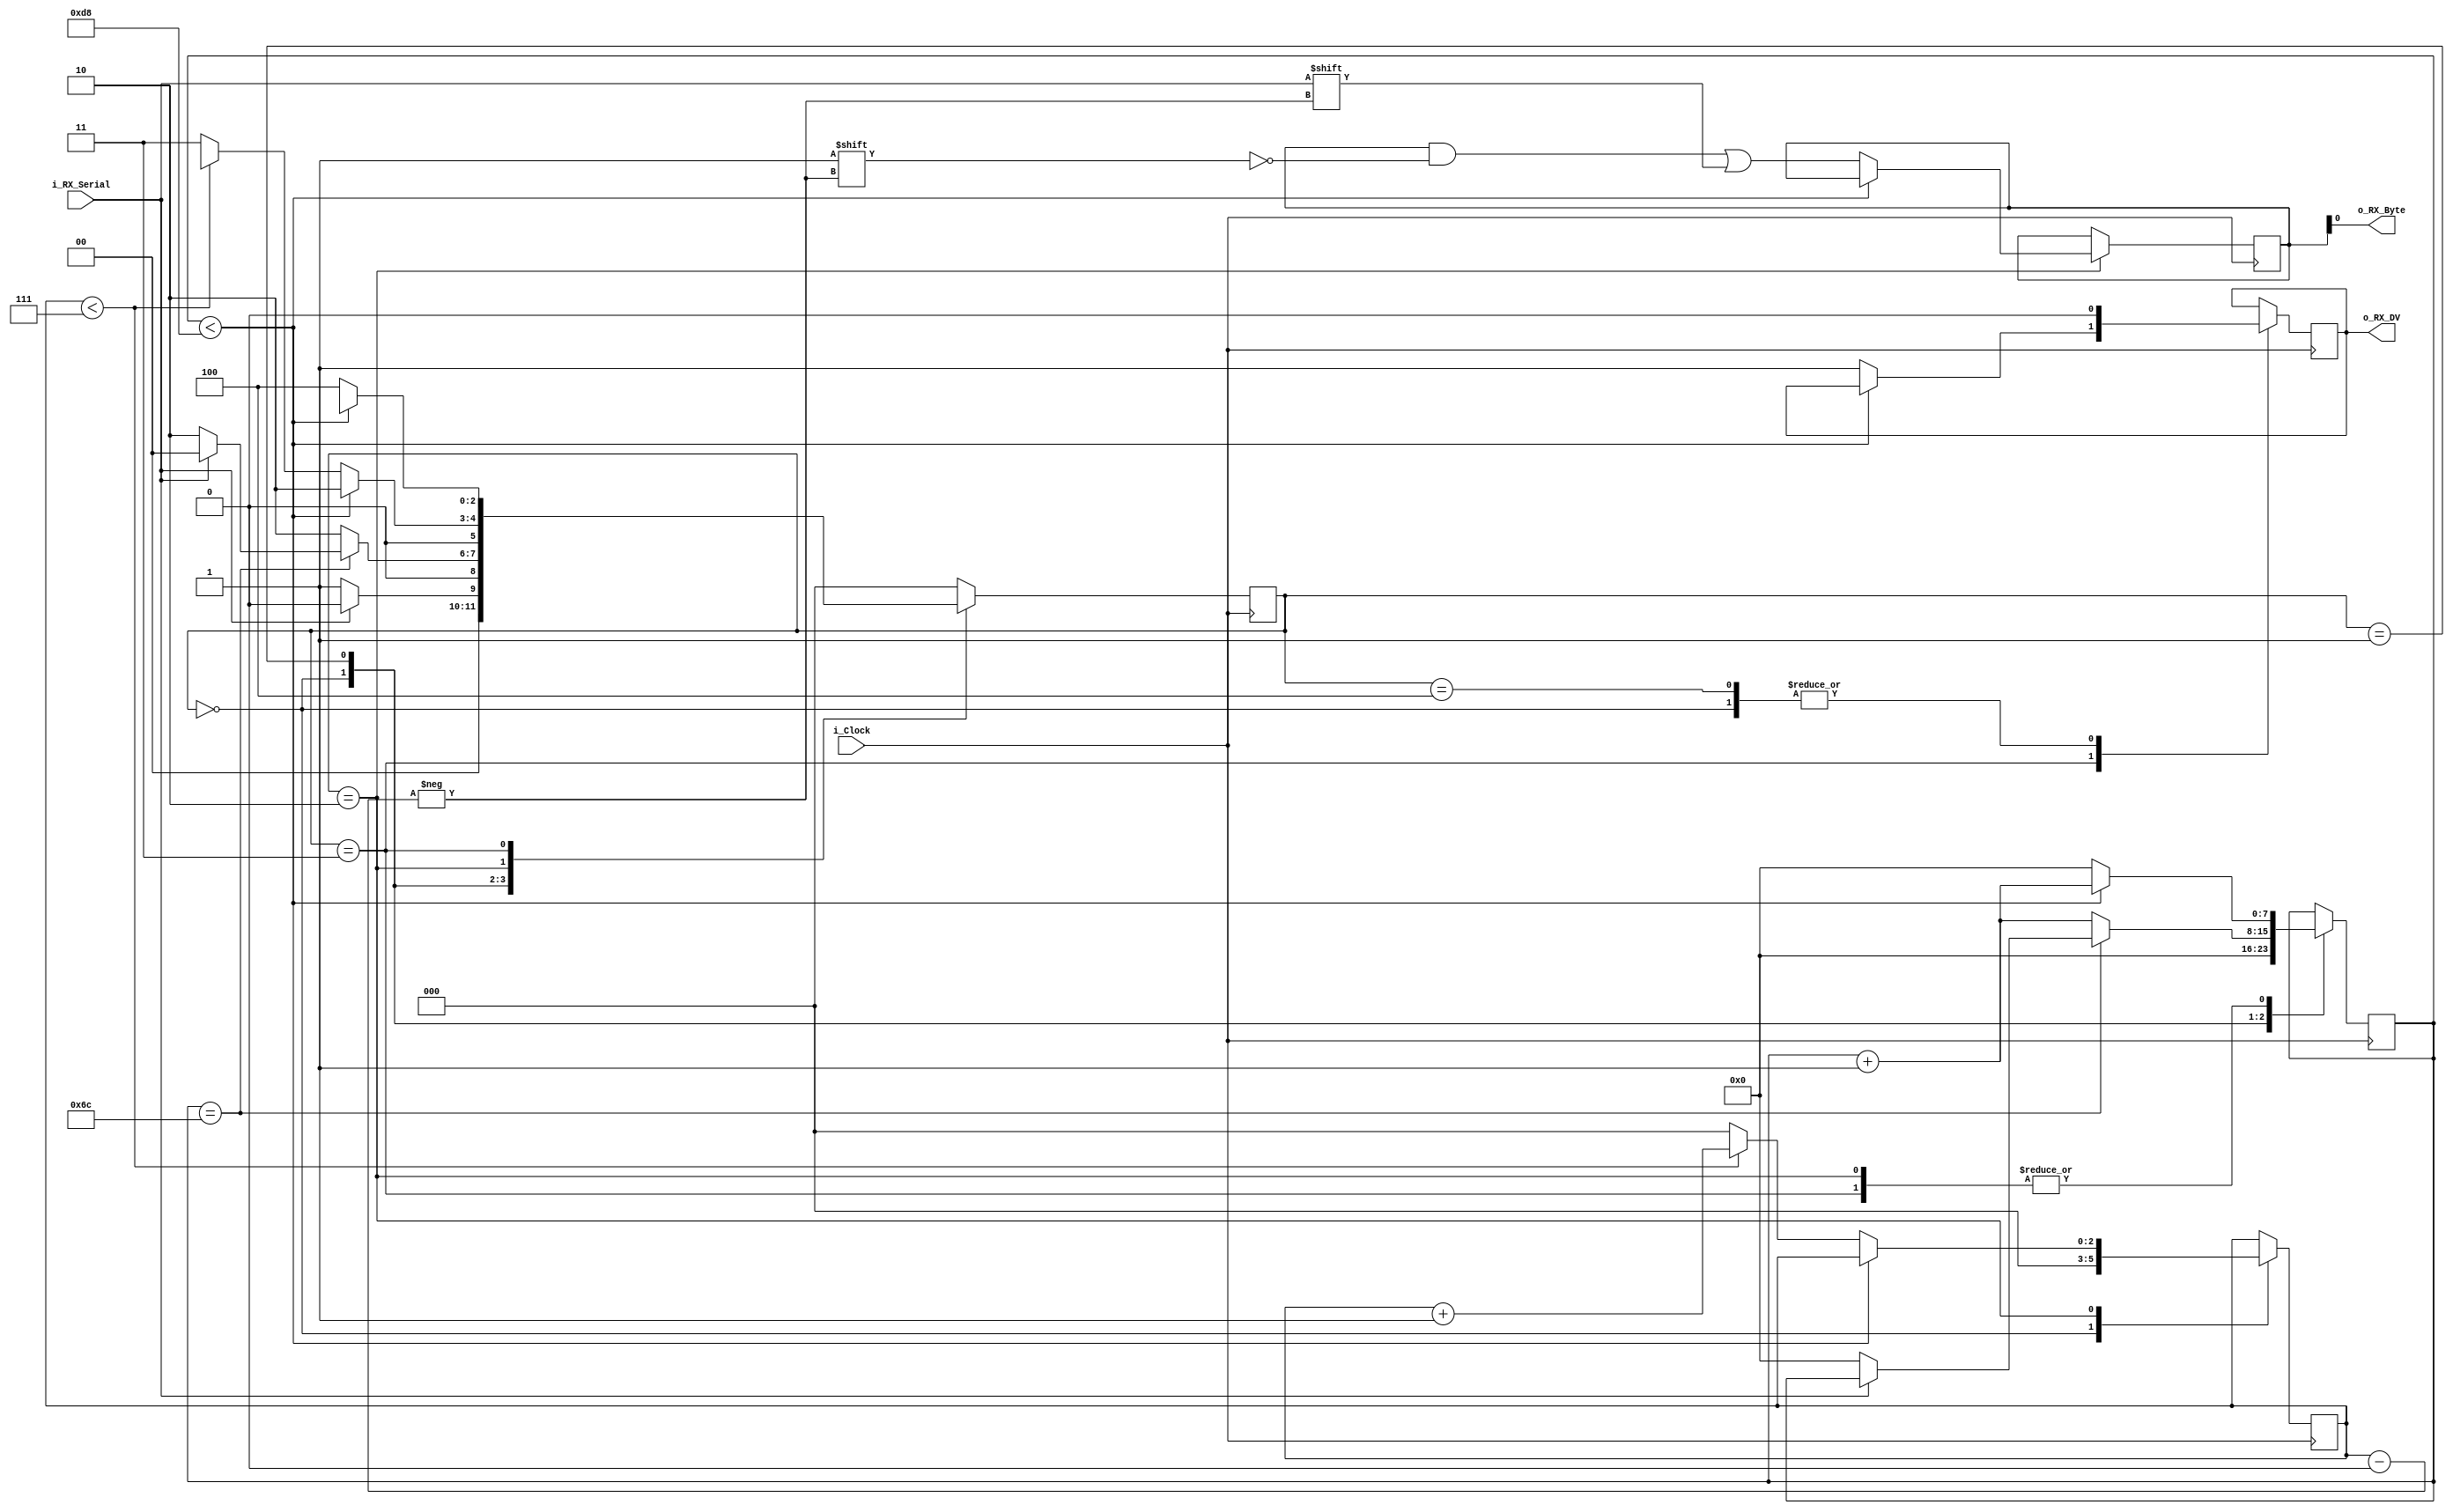
module UART_RX
  #( parameter CLKS_PER_BIT = 217 )
  (
    input i_Clock,
    input i_RX_Serial,
    output o_RX_DV,
    output o_RX_Byte,
    
  );
  
  //states 
  parameter IDLE		 = 3'b000;
  parameter RX_START_BIT = 3'b001;
  parameter RX_DATA_BITS = 3'b010;
  parameter RX_STOP_BIT  = 3'b011;
  parameter CLEAR 		 = 3'b100;
  
  //reg and signals
  
  reg [2:0] r_SM_Main     = 0;
  reg [7:0] r_Clock_Count = 0;
  reg [2:0] r_Bit_Index   = 0;
  reg [7:0] r_RX_Byte     = 0;
  reg 		r_RX_DV       = 0;
  
  // Purpose: Control RX state Machine
  always @(posedge i_Clock)
    begin
      
      case(r_SM_Main)
        IDLE:
          begin
            r_RX_DV 	  <= 0;
            r_Clock_Count <= 0;
            r_Bit_Index   <= 0;
            
            if(i_RX_Serial == 1'b0)
              r_SM_Main <= RX_START_BIT;
            else
              r_SM_Main <= IDLE;
          end
        
        // case start bit  check for middle bit
        
        RX_START_BIT:
          begin
           if(r_Clock_Count == (CLKS_PER_BIT-1)/2)
            begin
              if(i_RX_Serial == 1'b0)
                begin
                  r_Clock_Count <= 0;//reset the counter after finding the middle
                  r_SM_Main <= RX_DATA_BITS;
                end
              else
                r_SM_Main <= IDLE;
              end
            else
             begin
               r_Clock_Count <= r_Clock_Count + 1;
               r_SM_Main 	 <= RX_DATA_BITS;
             end
          end
        
        //sampeling at CLKS_PER_BIT-1 clock cycles i.e the middle of the data bit
        
        RX_DATA_BITS :
          begin
            if(r_Clock_Count < CLKS_PER_BIT-1)
              begin
                r_Clock_Count <= r_Clock_Count + 1;
                r_SM_Main     <= RX_DATA_BITS;
              end 
            else
              begin
                r_Clock_Count <= 0;
                r_RX_Byte[r_Bit_Index] <= i_RX_Serial;
                
                //update bit index and go to the state initial
                if(r_Bit_Index < 7)
                  begin
                    r_Bit_Index <= r_Bit_Index +1;
                    r_SM_Main   <= RX_DATA_BIT;
                  end
                else
                  begin
                    r_Bit_Index <= 0;
                    r_SM_Main   <= RX_STOP_BIT;
                  end
              end
          end
        //Receive Stop bit
        
        RX_STOP_BIT:
          begin
            //wait for CLKS_PER_BIT -1 clock cycles to finish stop bit
            if(r_Clock_Count < CLKS_PER_BIT-1)
              begin
                r_Clock_Count <= r_Clock_Count + 1;
                r_SM_Main 	  <= RX_STOP_BITS;
              end
            else
              begin
                r_RX_DV 	  <= 1'b1;
                r_Clock_Count <= 0;
                r_SM_Main 	  <= CLEAR;
              end
          end
        
      CLEAR :
        begin
          r_SM_Main <= IDLE;
          r_RX_DV   <= 1'b0;
        end
      
      
      default :
        r_SM_Main <= IDLE;
      
    endcase
  end    
  
  assign o_RX_DV   = r_RX_DV;
  assign o_RX_Byte = r_RX_Byte;
  
endmodule